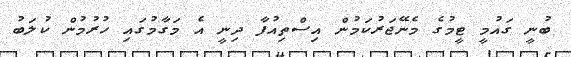
ބުނީ ގައުމީ ޓީމުގެ މެނޭޖަރުކަމުން އިސްތިއުފާ ދިނީ އެ މަގާމުގައި ހުރުމުން ކުލަބު